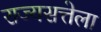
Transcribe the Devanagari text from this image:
राज्यसत्तेला